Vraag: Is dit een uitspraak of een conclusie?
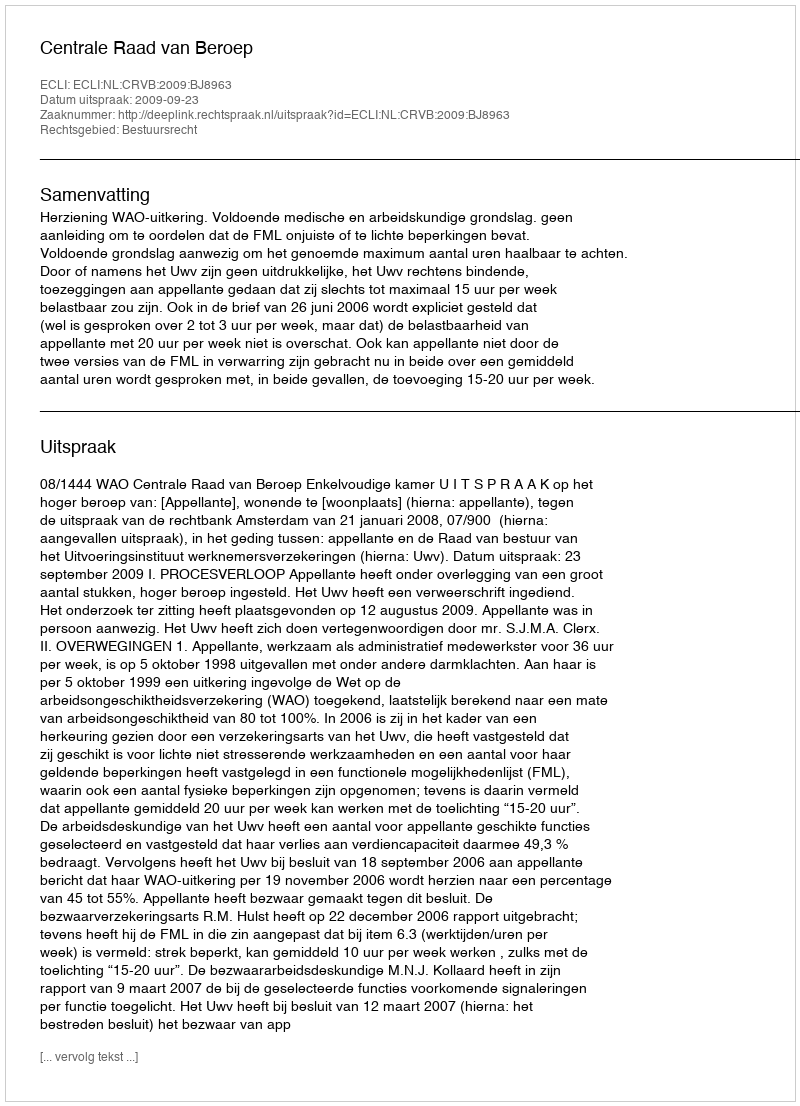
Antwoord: Uitspraak